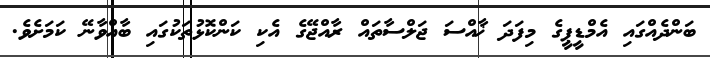
ބަންދެއްގައި އެމްޑީޕީގެ މިފަދަ ޚާއްސަ ޖަލްސާތައް ރާއްޖޭގެ އެކި ކަންކޮޅުތަކުގައި ބާއްވާނޭ ކަމަށެވެ.